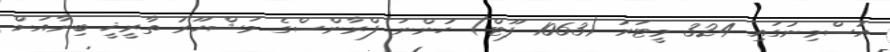
އުސްމިނުގައި 324 މީޓަރު (1063 ފޫޓް) ހުންނަ ފްރާންސްގެ މަޝްހޫރު ތާރީޚީ ބިނާއަށް